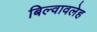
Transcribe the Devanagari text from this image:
बिल्वावलेह